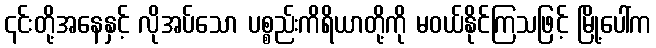
၎င်းတို့အနေနှင့် လိုအပ်သော ပစ္စည်းကိရိယာတို့ကို မဝယ်နိုင်ကြသဖြင့် မြို့ပေါ်က